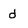
Character: d